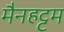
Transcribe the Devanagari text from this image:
मैनहट्टम